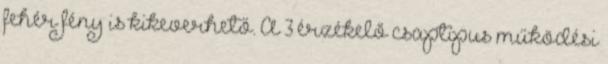
fehér fény is kikeverhető. A 3 érzékelő csaptípus működési